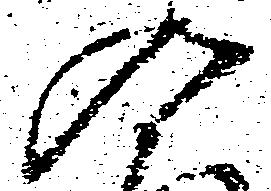
入